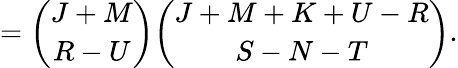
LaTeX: ={\binom{J+M}{R-U}}{\binom{J+M+K+U-R}{S-N-T}}.